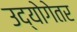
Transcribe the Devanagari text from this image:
उद्योगेतर